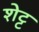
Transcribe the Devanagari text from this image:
शेट्ट